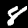
Label: 8